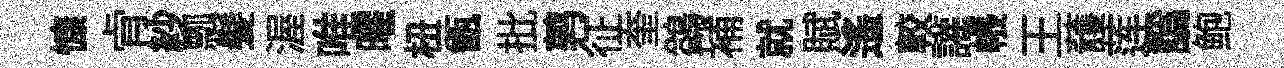
慷肻紗瓢髪渥唯曜杻甑批鹑征奎鷁補就賦遙較讙帳王䕶莲譌鲍